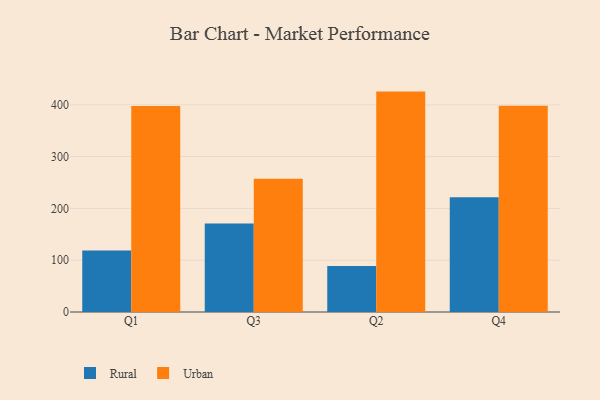
{"axis": {"x": "Quarter", "y": "Production Output"}, "legend": ["Rural", "Urban"], "data": [{"x": "Q1", "y": 118.6, "type": "Rural"}, {"x": "Q1", "y": 397.9, "type": "Urban"}, {"x": "Q3", "y": 170.9, "type": "Rural"}, {"x": "Q3", "y": 257.4, "type": "Urban"}, {"x": "Q2", "y": 88.8, "type": "Rural"}, {"x": "Q2", "y": 425.6, "type": "Urban"}, {"x": "Q4", "y": 221.6, "type": "Rural"}, {"x": "Q4", "y": 398.4, "type": "Urban"}]}